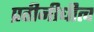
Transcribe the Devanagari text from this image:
प्रतीनीधीत्व